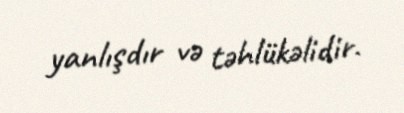
yanlışdır və təhlükəlidir.